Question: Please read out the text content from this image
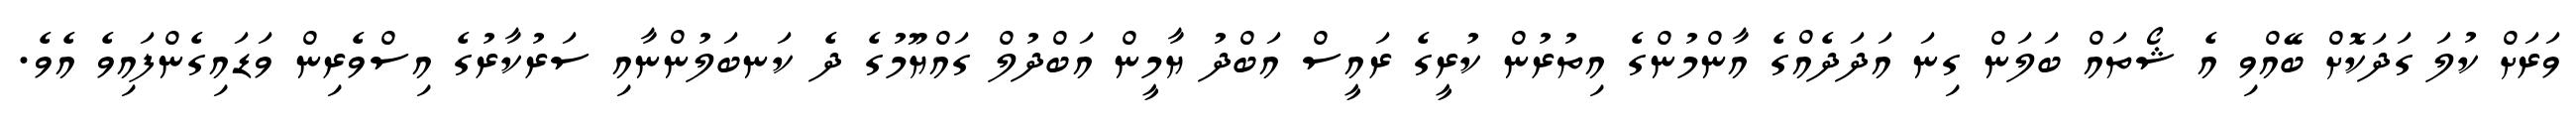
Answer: ވަރަށް ކުލަ ގަދަކޮށް ބޭއްވި އެ ޝޯތައް ބަލަން ގިނަ އަދަދެއްގެ އާންމުންގެ އިތުރުން ކުރީގެ ރައީސް އަބްދު ޔާމީން އަބްދުލް ގައްޔޫމުގެ ދެ ކަނބަލުންނާއި ސަރުކާރުގެ އިސްވެރިން ވަޑައިގެންފައިވެ އެވެ.